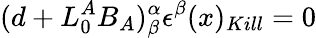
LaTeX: (d+L_{0}^{A}B_{A})_{\beta}^{\alpha}\epsilon^{\beta}(x)_{Kill}=0